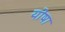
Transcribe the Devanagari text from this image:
योषा